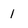
Character: 1